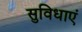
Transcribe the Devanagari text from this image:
सुविधाएं